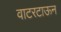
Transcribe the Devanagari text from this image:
वाटरटाऊन